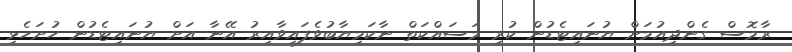
ރާމޮސް ގެންދިއުމަށް ޔުނައިޓެޑުން ކުރި މަސައްކަތް ނާކަމިޔާބުވެފައިވާއިރު އޭނާ އަށް ޔުނައިޓެޑުން ހުށަހެޅި